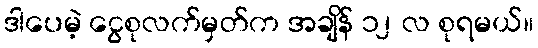
ဒါပေမဲ့ ငွေစုလက်မှတ်က အချိန် ၁၂ လ စုရမယ်။